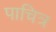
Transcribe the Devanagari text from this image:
पाचित्र